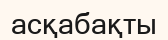
асқабақты